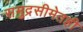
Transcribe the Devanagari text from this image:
समुद्रसीमेतही